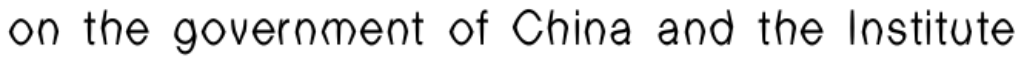
on the government of China and the Institute